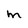
Character: m